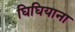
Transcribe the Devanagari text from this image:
घिघियाना